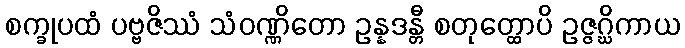
စက္ခုပထံ ပဗ္ဗဇိဿံ သံဝဏ္ဏိတော ဥန္နဒန္တီ စတုတ္ထောပိ ဥဇ္ဇဂ္ဃိကာယ